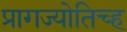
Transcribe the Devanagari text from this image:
प्रागज्योतिच्ह